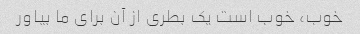
خوب، خوب است یک بطری از آن برای ما بیاور